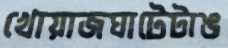
খোয়াজঘাটেটাঙ